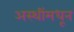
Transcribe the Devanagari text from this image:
अस्थींमधून